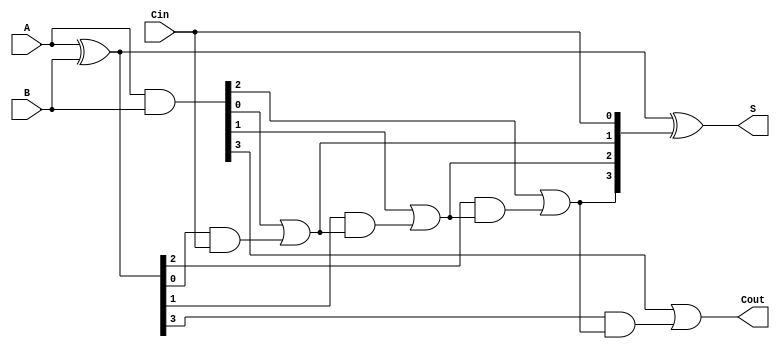
module SklanskyAdder #(parameter n = 4) (
    input  [n-1:0] A,      // First n-bit input
    input  [n-1:0] B,      // Second n-bit input
    input         Cin,      // Carry-in
    output [n-1:0] S,      // Sum output
    output        Cout      // Carry-out
);

    // Generate and Propagate signals
    wire [n-1:0] G;  // Generate
    wire [n-1:0] P;  // Propagate
    wire [n:0] C;    // Carry signals, C[0] is Cin

    // Generate and Propagate calculations
    assign G = A & B;          // Generate signals
    assign P = A ^ B;          // Propagate signals

    // Carry calculations
    assign C[0] = Cin;         // Initial carry-in
    generate
        genvar i;
        for (i = 1; i <= n-1; i = i + 1) begin : carry_calc
            assign C[i] = G[i-1] | (P[i-1] & C[i-1]);
        end
    endgenerate

    // Sum calculations
    assign S = P ^ C[n-1:0];   // Sum for each bit
    assign Cout = G[n-1] | (P[n-1] & C[n-1]); // Final carry-out

endmodule